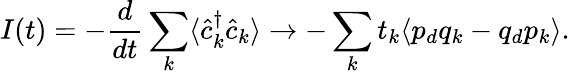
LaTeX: I(t)=-\frac{d}{dt}\sum_{k}\langle\hat{c}_{k}^{\dagger}\hat{c}_{k}\rangle\to-\sum_{k}t_{k}\langle p_{d}q_{k}-q_{d}p_{k}\rangle.